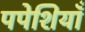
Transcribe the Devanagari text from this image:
पपेशियाँ